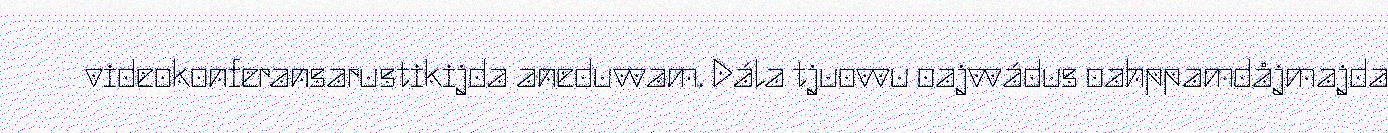
videokonferansarustikijda aneduvvam. Dála tjuovvu oajvvádus oahppamdåjmajda